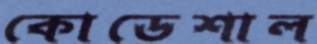
কোডেশাল